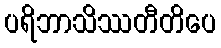
ပရိဘာသိဿတီတိပေ